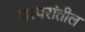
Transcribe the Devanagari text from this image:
परंपरांतील